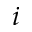
i